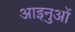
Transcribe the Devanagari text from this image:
आइनुओं